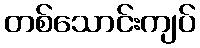
တစ်သောင်းကျပ်